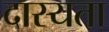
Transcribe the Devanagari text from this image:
दास्यता